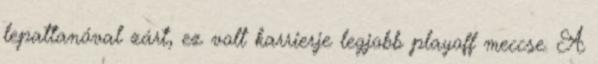
lepattanóval zárt, ez volt karrierje legjobb playoff meccse. A